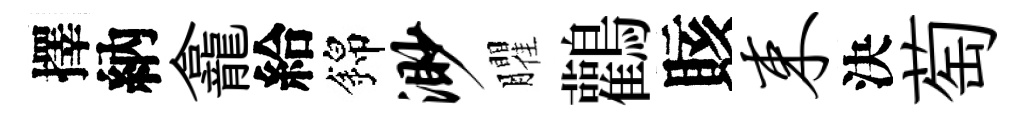
擇納龕給錦渺臞鸛賅束決萄